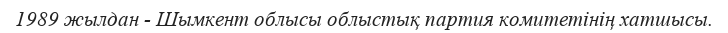
1989 жылдан - Шымкент облысы облыстық партия комитетінің хатшысы.